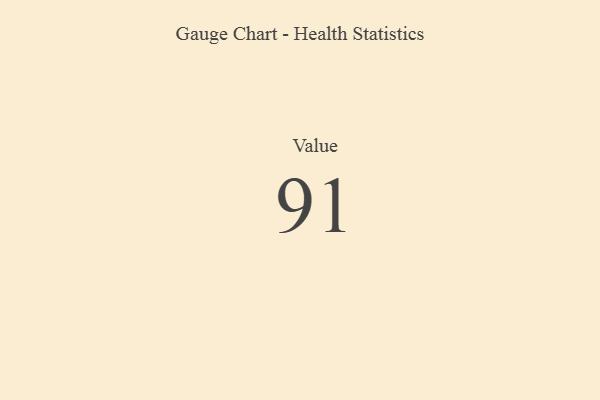
{"axis": {"x": "Metric", "y": "Value"}, "legend": [""], "data": [{"x": "Value", "y": 91, "type": ""}]}